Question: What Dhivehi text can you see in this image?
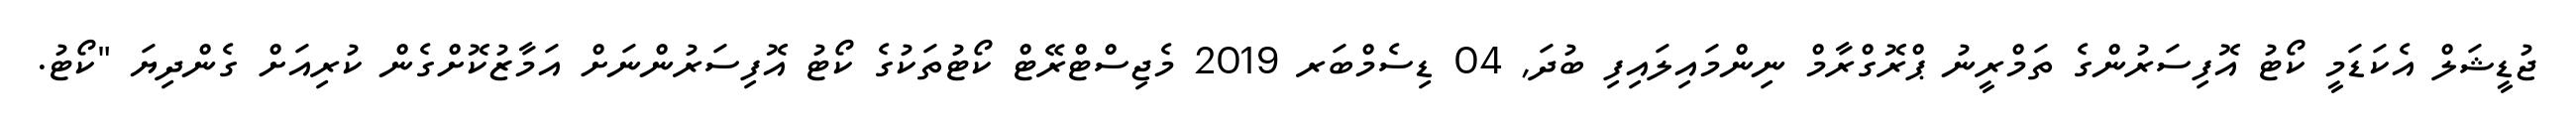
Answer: ޖުޑީޝަލް އެކަޑަމީ ކޯޓު އޮފިސަރުންގެ ތަމްރީނު ޕްރޮގްރާމް ނިންމައިލައިފި ބުދަ, 04 ޑިސެމްބަރ 2019 މެޖިސްޓްރޭޓް ކޯޓުތަކުގެ ކޯޓު އޮފިސަރުންނަށް އަމާޒުކޮށްގެން ކުރިއަށް ގެންދިޔަ "ކޯޓު.